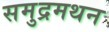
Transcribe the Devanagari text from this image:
समुद्रमथन